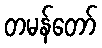
တမန်တော်